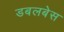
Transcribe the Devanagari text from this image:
डबलबेस